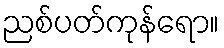
ညစ်ပတ်ကုန်ရော။